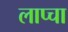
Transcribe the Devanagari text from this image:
लाप्चा